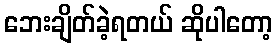
ဘေးချိတ်ခဲ့ရတယ် ဆိုပါတော့